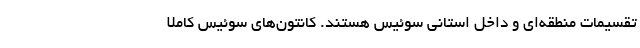
تقسیمات منطقه‌ای و داخل استانی سوئیس هستند. کانتون‌های سوئیس کاملا